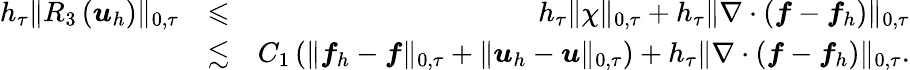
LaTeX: \begin{array}{rlr}{h_{\tau}\| R_{3}\left(\boldsymbol{u}_{h}\right)\| _{0,\tau}}&{\leqslant}&{h_{\tau}\| \chi\| _{0,\tau}+h_{\tau}\| \nabla\cdot\left(\boldsymbol{f}-\boldsymbol{f}_{h}\right)\| _{0,\tau}}\\ &{\lesssim}&{C_{1}\left(\| \boldsymbol{f}_{h}-\boldsymbol{f}\| _{0,\tau}+\| \boldsymbol{u}_{h}-\boldsymbol{u}\| _{0,\tau}\right)+h_{\tau}\| \nabla\cdot\left(\boldsymbol{f}-\boldsymbol{f}_{h}\right)\| _{0,\tau}.}\end{array}